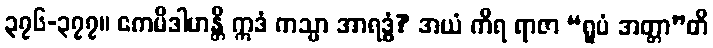
၃၇၆-၃၇၇။ ဧကမိဒါဟန္တိ ဣဒံ ကသ္မာ အာရဒ္ဓံ? အယံ ကိရ ရာဇာ “ရူပံ အတ္တာ”တိ